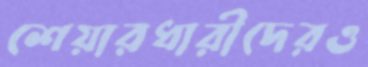
শেয়ারধারীদেরও